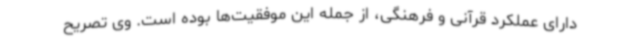
دارای عملکرد قرآنی و فرهنگی، از جمله این موفقیت‌ها بوده است. وی تصریح